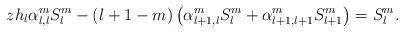
\begin{align*}zh_l\alpha_{l,l}^mS_l^m-(l+1-m)\left(\alpha_{l+1,l}^mS_l^m+\alpha_{l+1,l+1}^mS_{l+1}^m\right)=S_l^m.\end{align*}